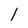
Character: 1